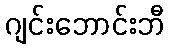
ဂျင်းဘောင်းဘီ